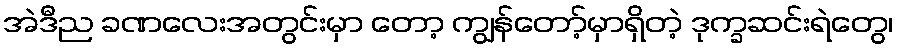
အဲဒီည ခဏလေးအတွင်းမှာ တော့ ကျွန်တော့်မှာရှိတဲ့ ဒုက္ခဆင်းရဲတွေ၊